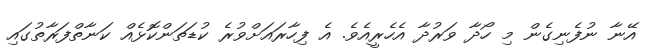
އޭނާ ނުފެނިގެން މި ހޯދާ ވަރުދާ އެހެރީއެވެ. އެ ފިހާރައަށްވުރެ ކުޑަތަންކޮޅެއް ކަނާތްފަރާތުގައި